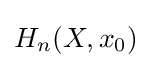
H_{n}(X,x_{0})